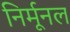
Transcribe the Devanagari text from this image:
निर्मूनल